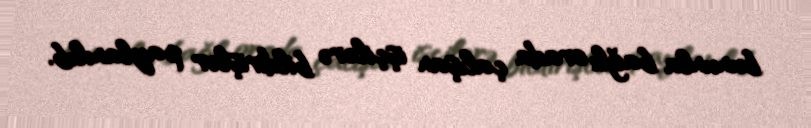
bununla bağlı orada çalışan işçilərə bildirişlər paylanılıb.